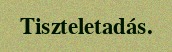
Tiszteletadás.